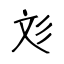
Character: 彣